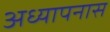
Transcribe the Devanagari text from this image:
अध्यापनास